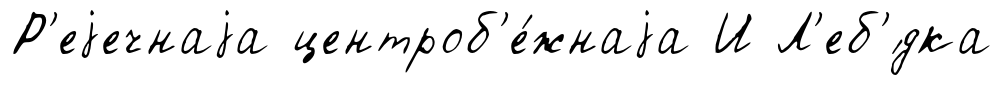
Р'еjечнаjа центроб'е́жнаjа И Л'еб'́дка